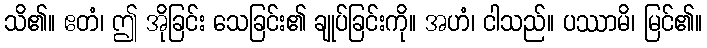
သိ၏။ ဧတံ၊ ဤ အိုခြင်း သေခြင်း၏ ချုပ်ခြင်းကို။ အဟံ၊ ငါသည်။ ပဿာမိ၊ မြင်၏။